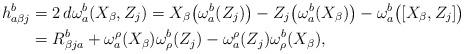
LaTeX: \begin{align*}h_{a\beta j}^{b}&=2\,d\omega_{a}^{b}(X_{\beta}, Z_j)= X_{\beta} \big{(} \omega_{a}^{b}(Z_j) \big{)}- Z_j \big{(} \omega_{a}^{b}(X_{\beta}) \big{)} - \omega_{a}^{b}\big{(} [X_{\beta}, Z_j] \big{)}\\&=R_{\beta j a}^b+ \omega_{a}^{\rho}(X_{\beta}) \omega^{b}_{\rho}(Z_j)-\omega_{a}^{\rho}(Z_j)\omega^{b}_{\rho}(X_{\beta}), \end{align*}